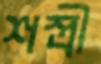
শস্ত্রী